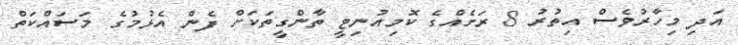
އަދި މިހާރުވެސް އިތުރު 8 ރަށެއްގެ ކޮމިއުނިޓީ ތާންގީތަކަށް ފެން އެޅުމުގެ މަސައްކަތް